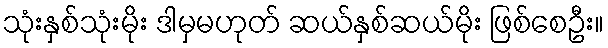
သုံးနှစ်သုံးမိုး ဒါမှမဟုတ် ဆယ်နှစ်ဆယ်မိုး ဖြစ်စေဦး။